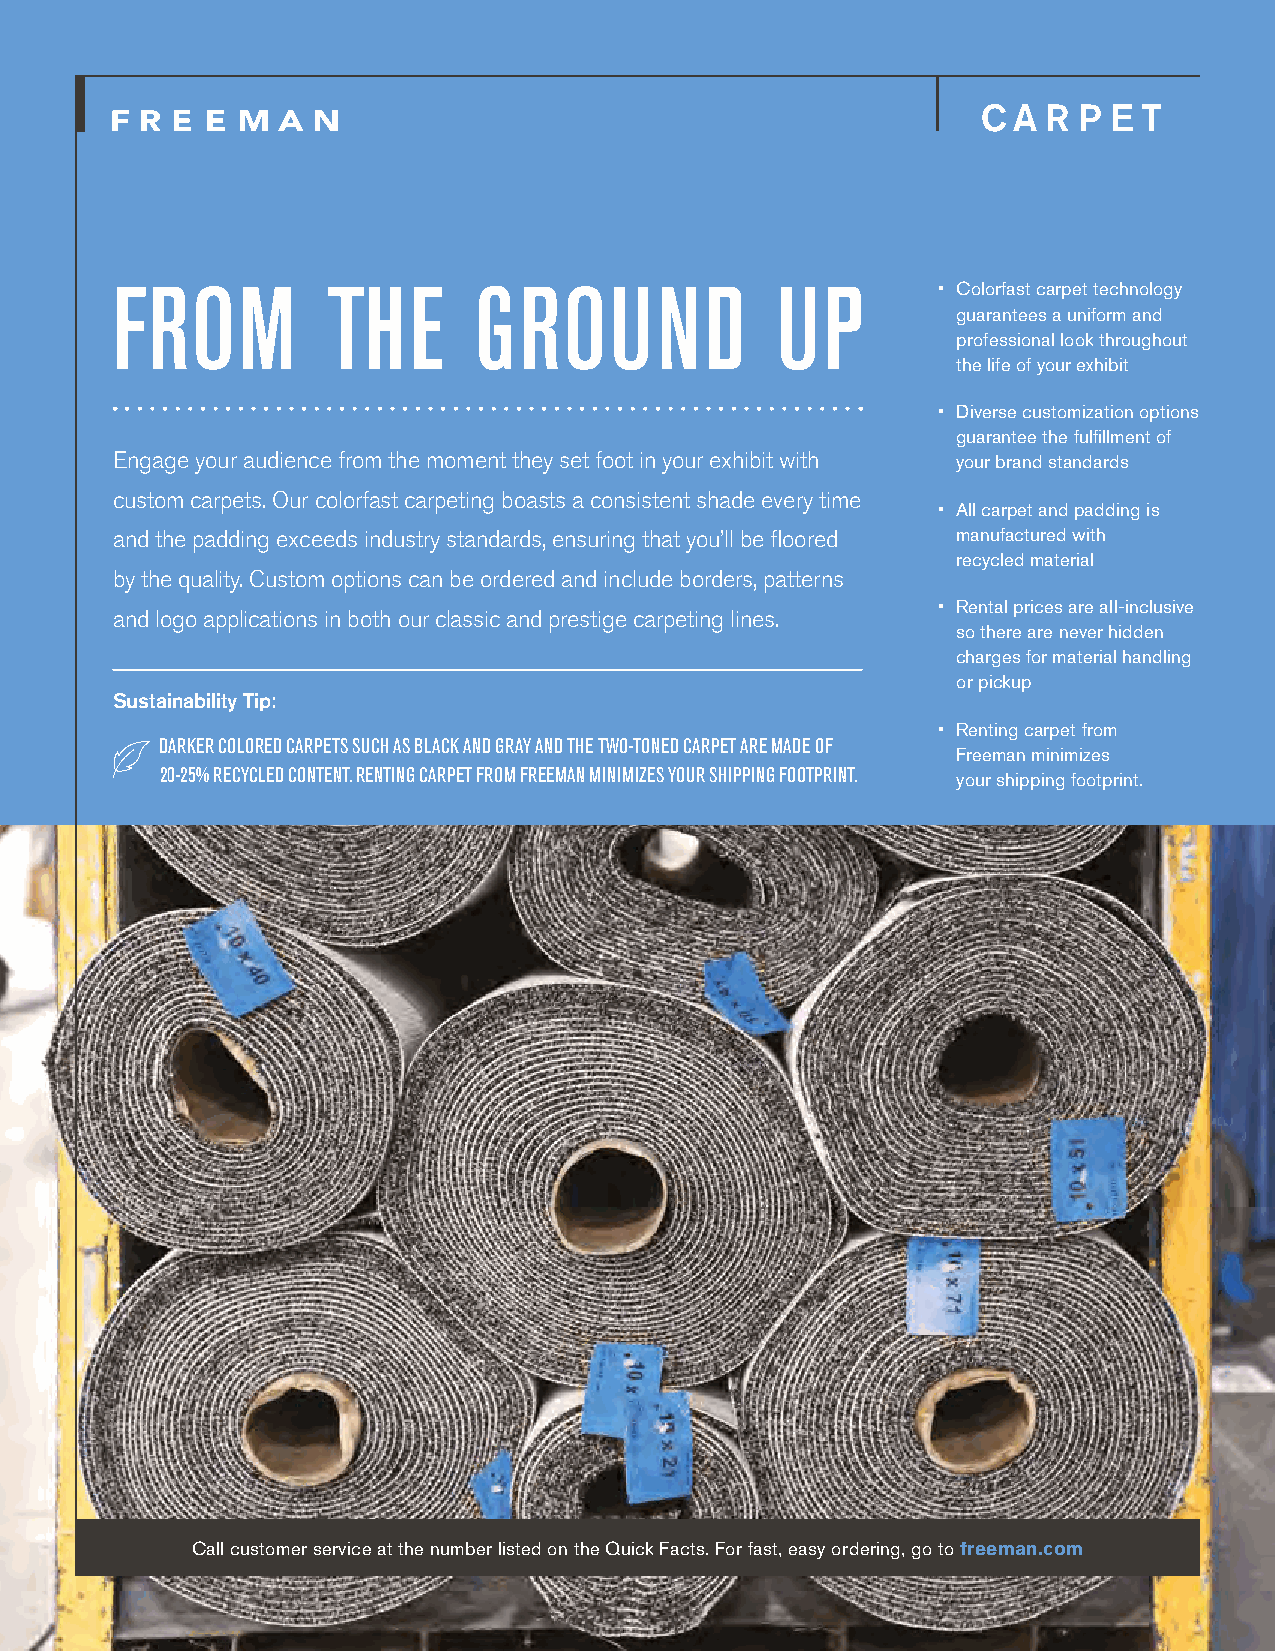
C A R P  E T
 FROM           THE      GROUND              UP         • Colorfast carpet technology
 guarantees a uniform and
 professional look throughout
 the life of your exhibit
 • Diverse customization options
 guarantee the fulfillment of
 Engage your audience from the moment they set foot in your exhibit with your brand standards
 custom carpets. Our colorfast carpeting boasts a consistent shade every time
 • All carpet and padding is
 and the padding exceeds industry standards, ensuring that you’ll be floored manufactured with
 recycled material
 by the quality. Custom options can be ordered and include borders, patterns
 • Rental prices are all-inclusive
 and logo applications in both our classic and prestige carpeting lines.
 so there are never hidden
 charges for material handling
 or pickup
 Sustainability Tip:
 • Renting carpet from
 DARKER COLORED CARPETS SUCH AS BLACK AND GRAY AND THE TWO-TONED CARPET ARE MADE OF
 Freeman minimizes
 20-25% RECYCLED CONTENT. RENTING CARPET FROM FREEMAN MINIMIZES YOUR SHIPPING FOOTPRINT. your shipping footprint.
 Call customer service at the number listed on the Quick Facts. For fast, easy ordering, go to freeman.com